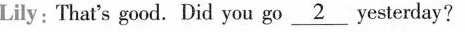
Lily: That's good.Did you go\underline{2}yesterday?